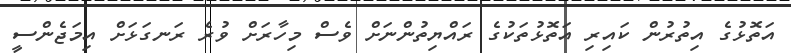
އަތޮޅުގެ އިތުރުން ކައިރި އަތޮޅުތަކުގެ ރައްޔިތުންނަށް ވެސް މިހާރަށް ވުރެ ރަނގަޅަށް އިމަޖެންސީ